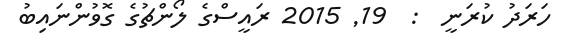
ހަރަދު ކުރަނީ  :  19